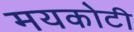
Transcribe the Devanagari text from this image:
मयकोटी